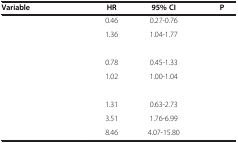
<table><thead><tr><td><b>Variable</b></td><td><b>HR</b></td><td><b>95% CI</b></td><td><b>P</b></td></tr></thead><tbody><tr><td>[EMPTY_CELL]</td><td>0.46</td><td>0.27-0.76</td><td>[EMPTY_CELL]</td></tr><tr><td>[EMPTY_CELL]</td><td>1.36</td><td>1.04-1.77</td><td>[EMPTY_CELL]</td></tr><tr><td>[EMPTY_CELL]</td><td>[EMPTY_CELL]</td><td>[EMPTY_CELL]</td><td>[EMPTY_CELL]</td></tr><tr><td>[EMPTY_CELL]</td><td>0.78</td><td>0.45-1.33</td><td>[EMPTY_CELL]</td></tr><tr><td>[EMPTY_CELL]</td><td>1.02</td><td>1.00-1.04</td><td>[EMPTY_CELL]</td></tr><tr><td colspan="4">[EMPTY_CELL]</td></tr><tr><td>[EMPTY_CELL]</td><td>1.31</td><td>0.63-2.73</td><td>[EMPTY_CELL]</td></tr><tr><td>[EMPTY_CELL]</td><td>3.51</td><td>1.76-6.99</td><td>[EMPTY_CELL]</td></tr><tr><td>[EMPTY_CELL]</td><td>8.46</td><td>4.07-15.80</td><td>[EMPTY_CELL]</td></tr></tbody></table>